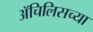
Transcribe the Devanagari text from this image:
ॲचिलिसच्या